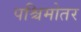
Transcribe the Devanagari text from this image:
पश्चिमोतर